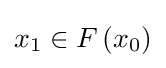
x_{1}\in F\left(x_{0}\right)